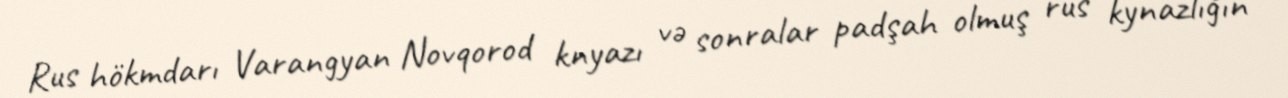
Rus hökmdarı Varangyan Novqorod knyazı və sonralar padşah olmuş rus kynazlığın